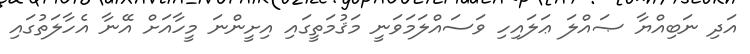
އަދި ނަބިއްޔާ ޞައްލަ ޢަލައިހި ވަސައްލަމަވަނީ މަޤުމަތީގައި އިށީންނަ މީހާއަށް އޭނާ އެހާލަތުގައި